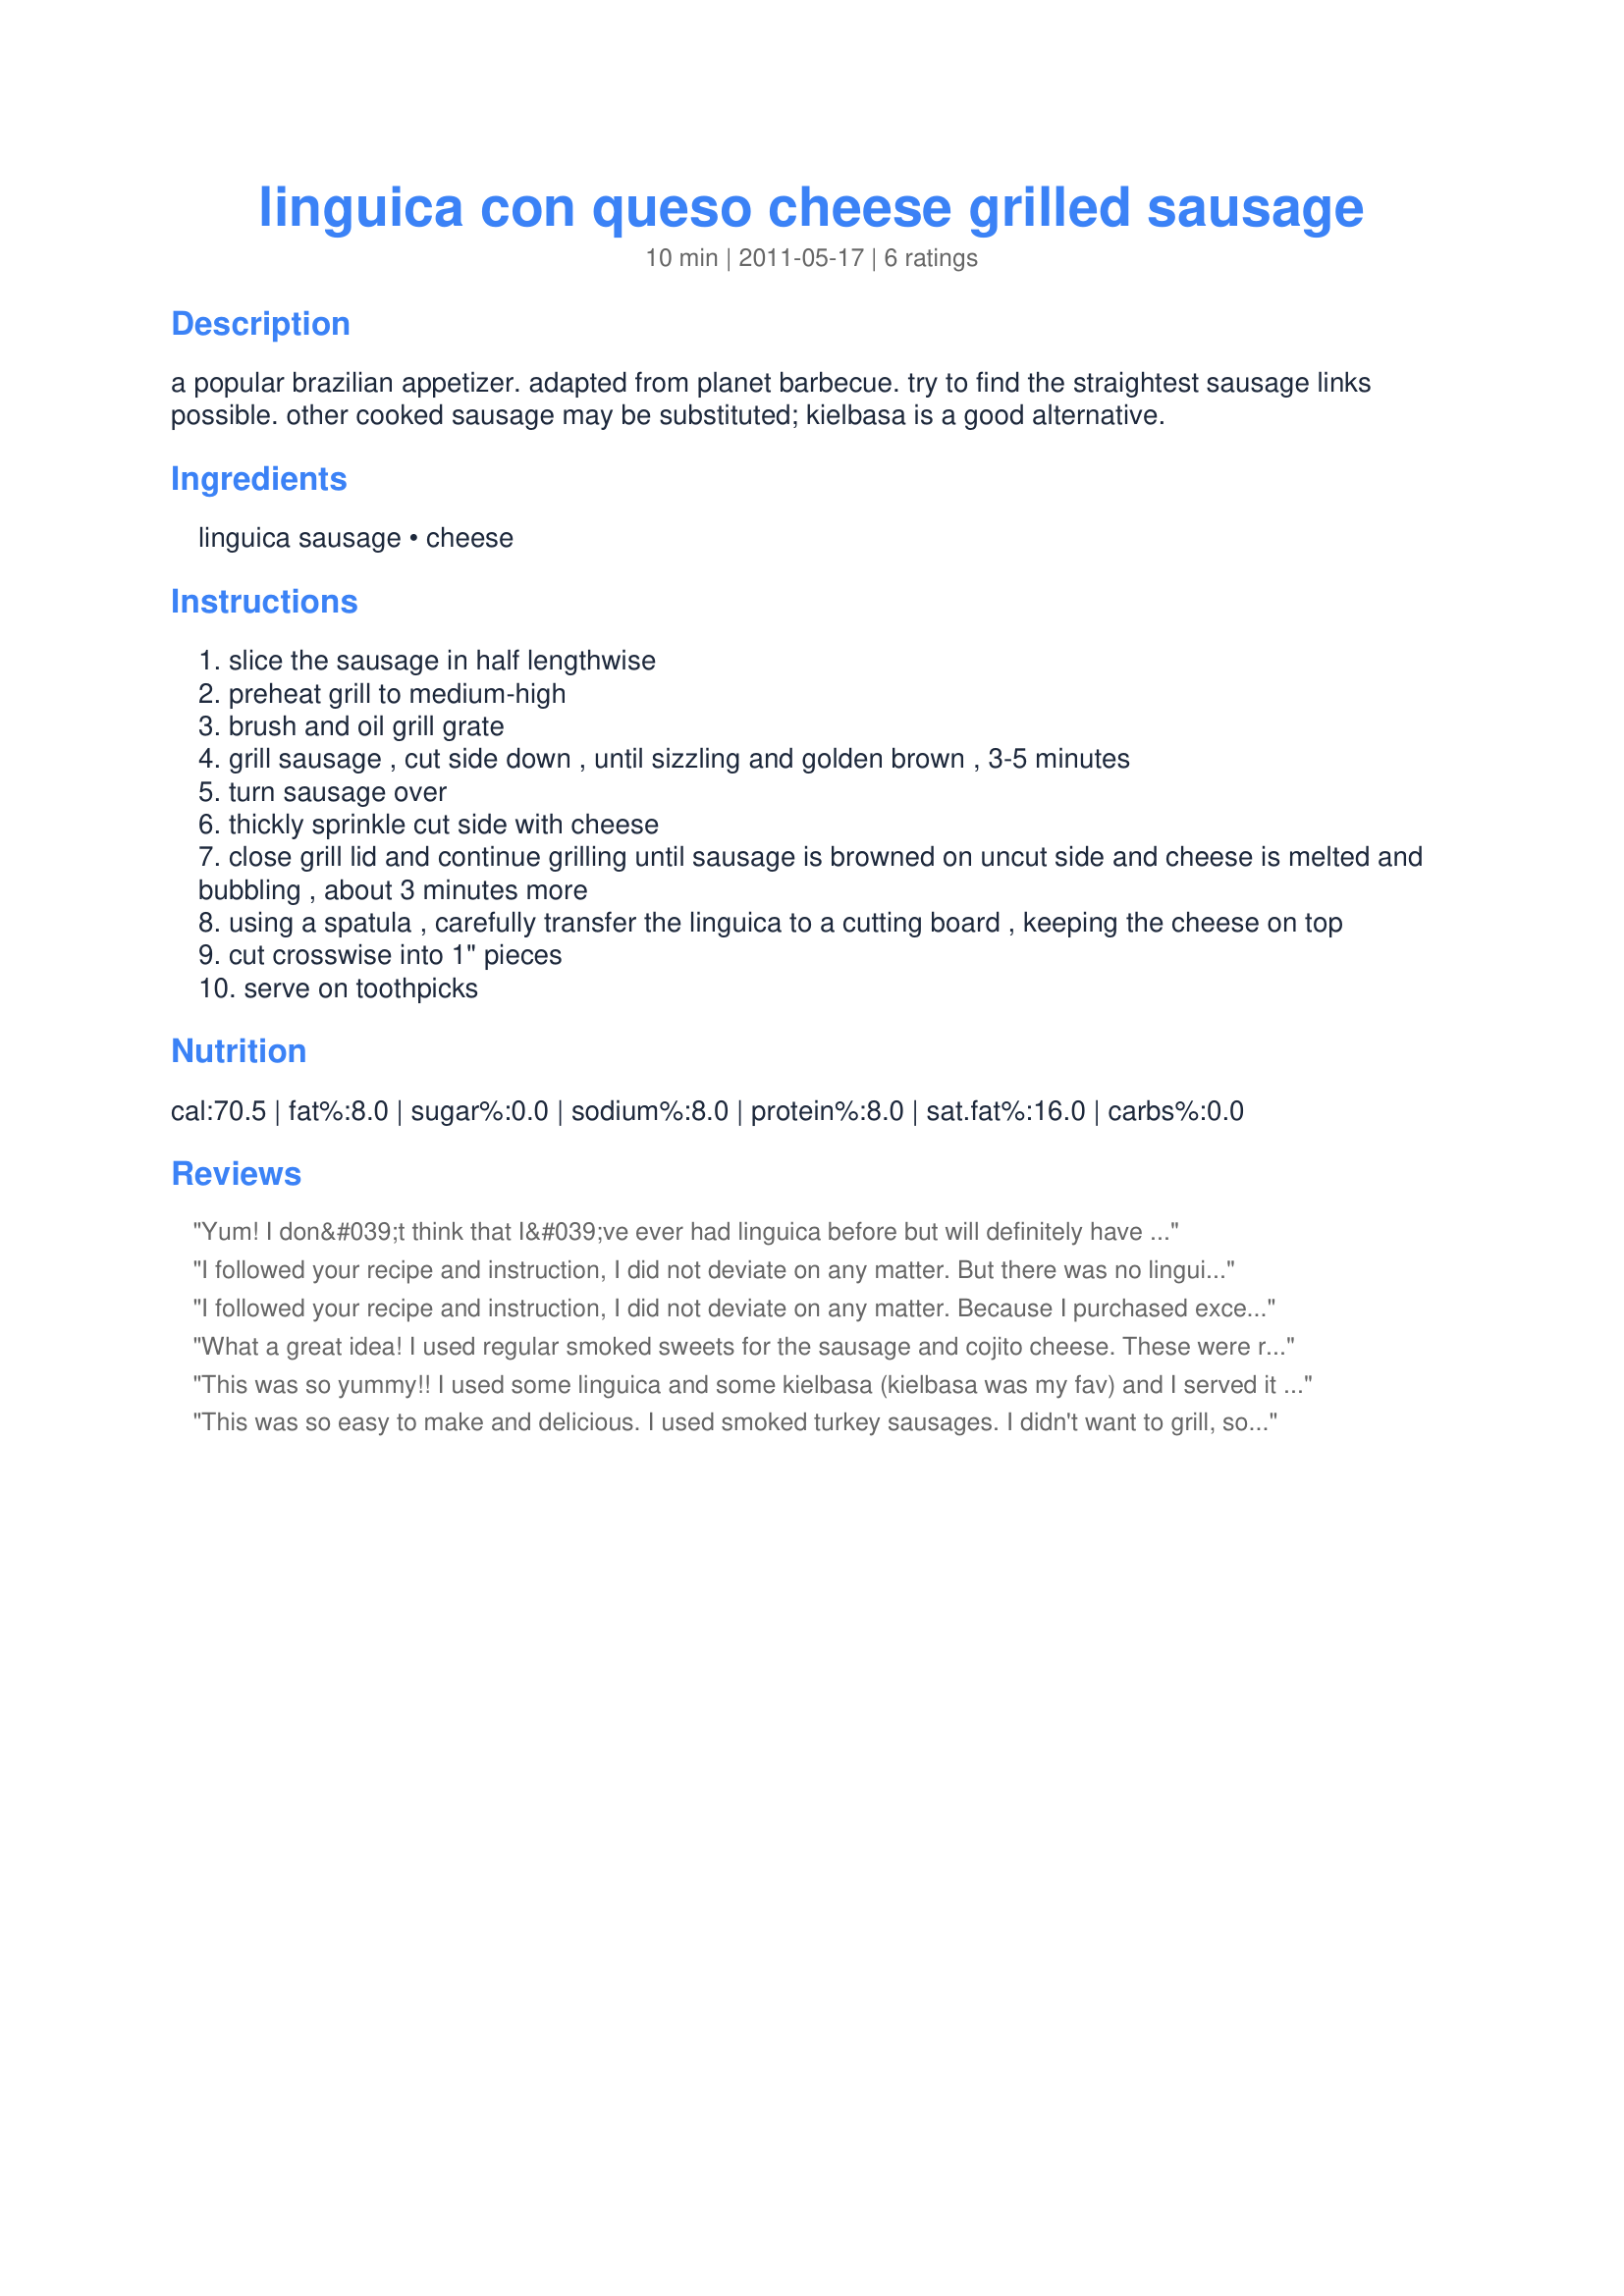
linguica con queso cheese grilled sausage
Preparation time: 10 minutes

a popular brazilian appetizer. adapted from planet barbecue. try to find the straightest sausage links possible. other cooked sausage may be substituted; kielbasa is a good alternative.

Ingredients:
linguica sausage, cheese

Steps:
slice the sausage in half lengthwise
preheat grill to medium-high
brush and oil grill grate
grill sausage , cut side down , until sizzling and golden brown , 3-5 minutes
turn sausage over
thickly sprinkle cut side with cheese
close grill lid and continue grilling until sausage is browned on uncut side and cheese is melted and bubbling , about 3 minutes more
using a spatula , carefully transfer the linguica to a cutting board , keeping the cheese on top
cut crosswise into 1" pieces
serve on toothpicks

Reviews:
Yum! I don&#039;t think that I&#039;ve ever had linguica before but will definitely have it again. This is so super simple and tasty. I grilled these up with some chicken wings for watching football today and they were gone in a flash. Wish I&#039;d made more. Thanks Chocolatl for a great keeper and introducing me to a brand new treat. Made for Culinary Quest 2014.
I followed your recipe and instruction, I did not deviate on any matter. But there was no linguisa taste to me or my 87 year old uncle, who is from Fall River Mass, and his parents were Immigrants from Sao Miguel in the Azores, and we know well Linguisa, and it&#039;s unique taste. Niether one of us tasted even a slight hint that would suggest linguisa? It just tasted like a standard breakfast sausage, minus the sage and with more garlic and salt. could you review your recipe and see if something is incorrect on the quantity of ingredients or in the procedure to prepare the Linguisa?
I followed your recipe and instruction, I did not deviate on any matter. Because I purchased excellent linguica, there was a flavorful linguisa taste to me and my 88 year old uncle, who is from Fall River Mass, and his parents were immigrants from Sao Miguel in the Azores, and so we know well the unique taste of linguica, and this exemplified it, because I bought excellent linguica. Both of us tasted the strong garlic and paprika flavors that are found in a quality linguisa. Fortunately, it did not taste anything like a standard breakfast sausage, because I actually purchased a traditional, high quality linguica. No need to review your recipe and see if something is incorrect on the quantity of ingredients or in the procedure to prepare the linguica because this is perfect, if you start with excellent ingredients.
What a great idea! I used regular smoked sweets for the sausage and cojito cheese. These were really really good. Made for ZWT 7.
This was so yummy!! I used some linguica and some kielbasa (kielbasa was my fav) and I served it in buns as a main dish!
This was so easy to make and delicious. I used smoked turkey sausages. I didn't want to grill, so I broiled the sausages and then added a mixed of jack and cheddar cheeses. They came out crispy on the outside and very tasty with the cheese on top. A great quick-fix for dinner. Made for ZWT7 - Central/South America for the Hot Pink Ladies!
